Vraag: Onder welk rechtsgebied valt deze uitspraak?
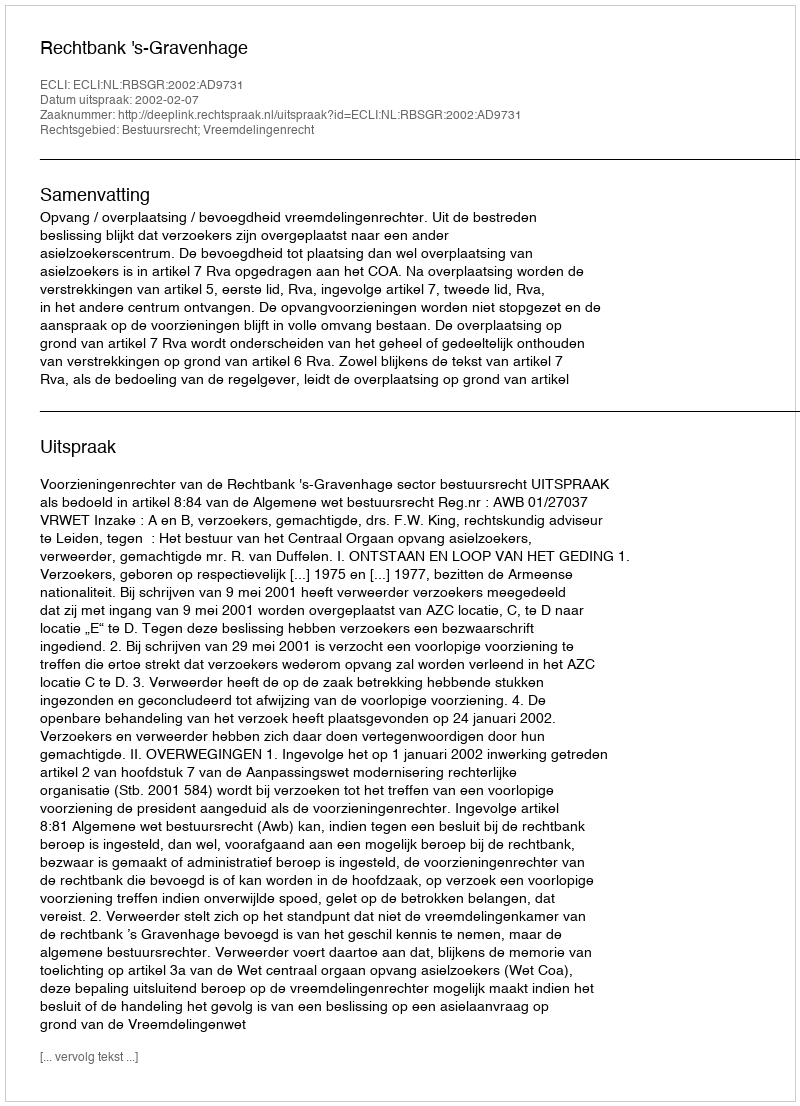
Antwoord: Bestuursrecht; Vreemdelingenrecht